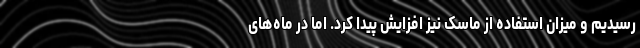
رسیدیم و میزان استفاده از ماسک نیز افزایش پیدا کرد. اما در ماه‌های